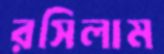
রসিলাম